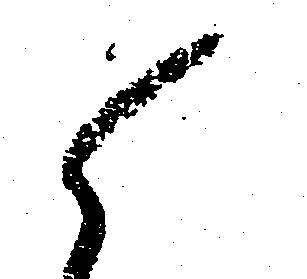
ら